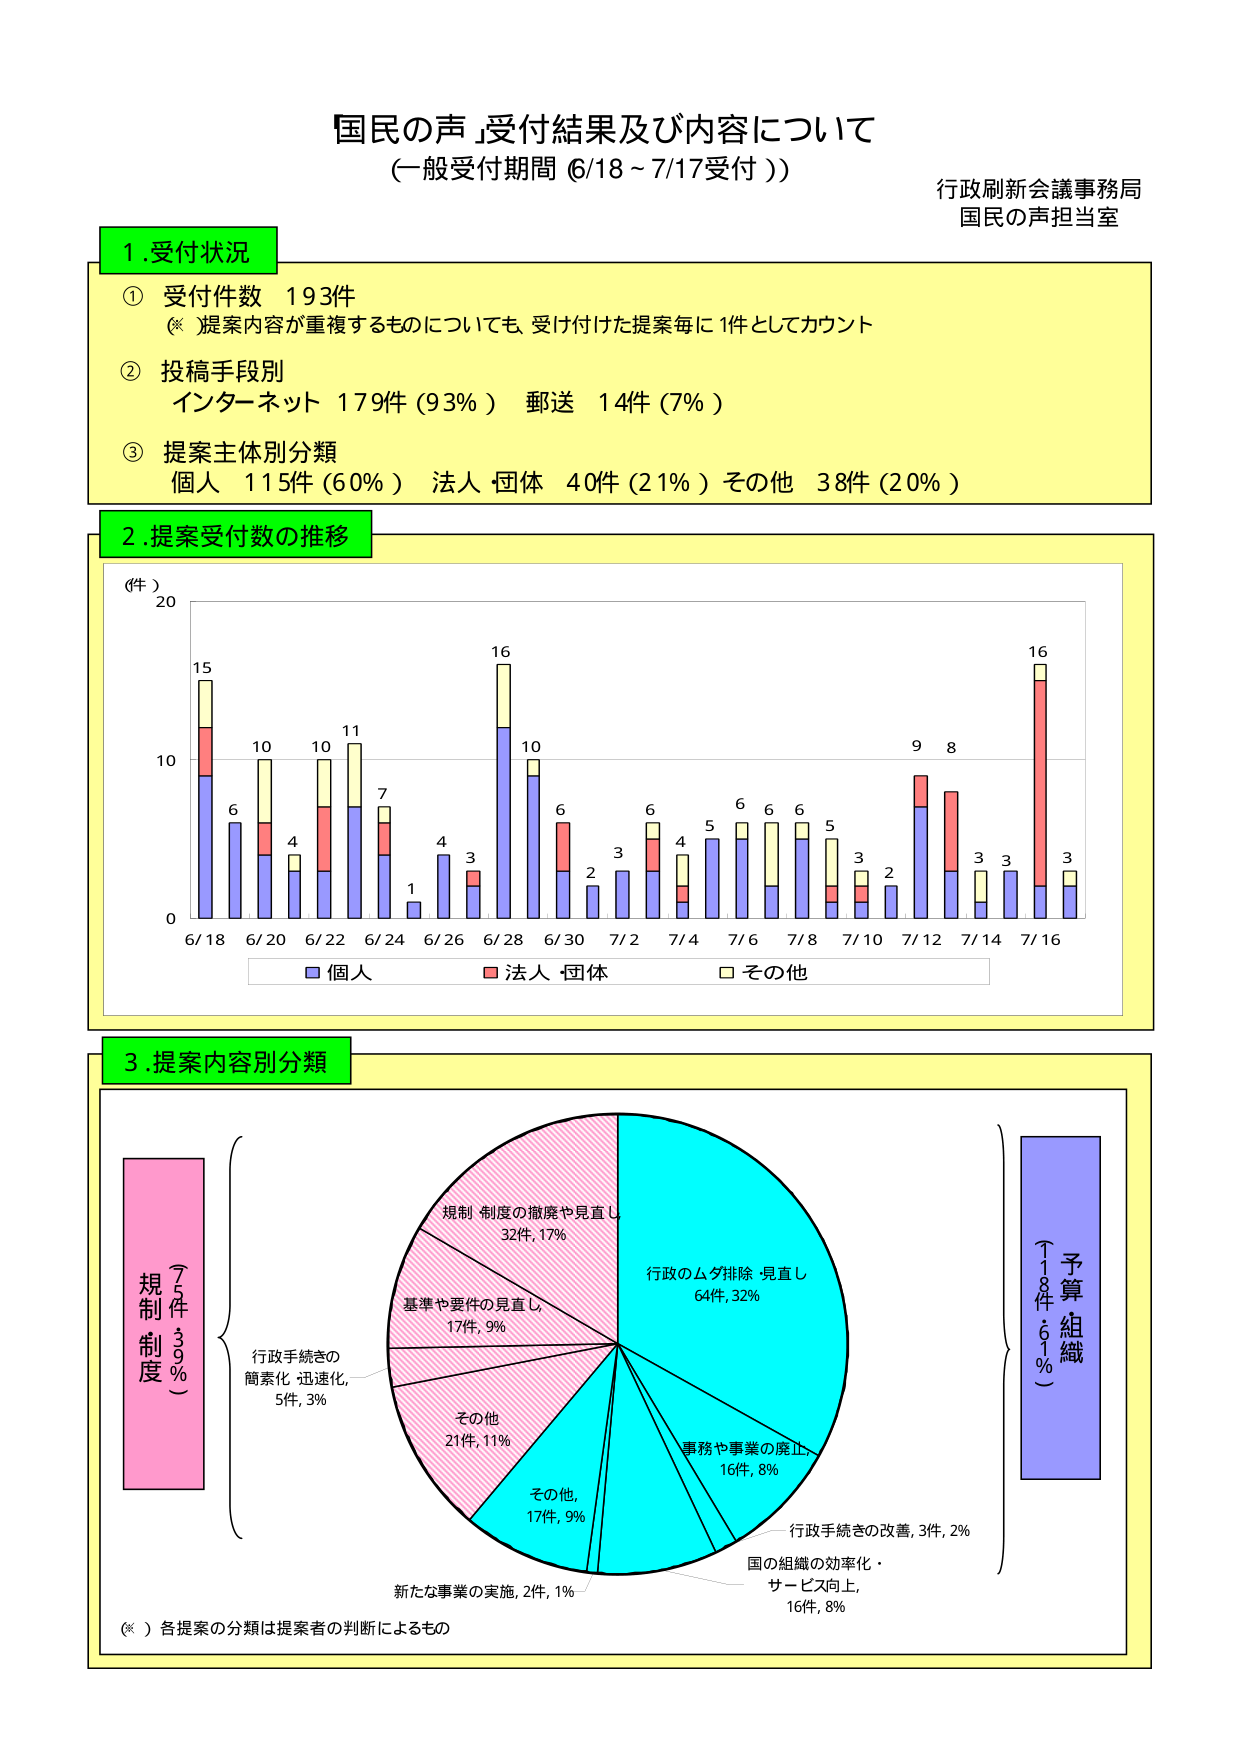
国民の声」受付結果及び内容について
（一般受付期間 6/18～7/17受付））
行政刷新会議事務局
国民の声担当室

1. 受付状況
① 受付件数 193件
（※ 提案内容が重複するものについても、受け付けた提案毎に1件としてカウント）
② 投稿手段別
インターネット 179件（93％） 郵送 14件（7％）
③ 提案主体別分類
個人 115件（60％） 法人・団体 40件（21％） その他 38件（20％）

2. 提案受付数の推移
（件）
20
15
10
0
6/18 6/20 6/22 6/24 6/26 6/28 6/30 7/2 7/4 7/6 7/8 7/10 7/12 7/14 7/16
■ 個人
■ 法人・団体
□ その他

3. 提案内容別分類
規制制度（77件，40％）
行政手続きの簡素化・迅速化，5件，3％
規制・制度の撤廃や見直し，32件，17％
基準や要件の見直し，17件，9％
その他，21件，11％
その他，17件，9％
新たな事業の実施，2件，1％
行政のムダ排除・見直し，64件，32％
事務や事業の廃止，16件，8％
行政手続きの改善，3件，2％
国の組織の効率化・サービス向上，16件，8％
予算・組織（18件，61％）
（※）各提案の分類は提案者の判断によるもの